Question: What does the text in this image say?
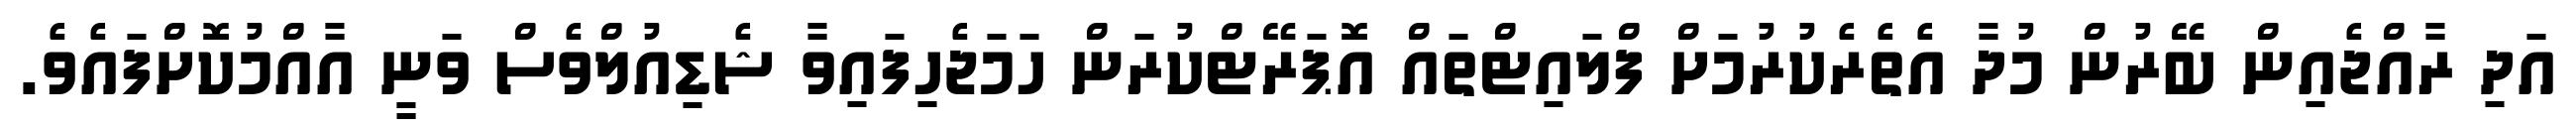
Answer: އަދި ރާއްޖެއިން ބޭރުން މުދާ އެތެރެކުރުމަށް ފްލައިޓްތައް އޮޕަރޭޓްކުރަން ހަމަޖެހިފައިވާ ޝެޑިއުލްވެސް ވަނީ އާއްމުކޮށްފައެވެ.